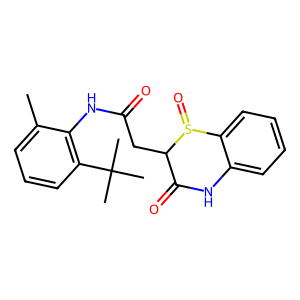
SMILES: Cc1cccc(C(C)(C)C)c1NC(=O)CC1C(=O)Nc2ccccc2S1=O
Inhibits HIV replication: No